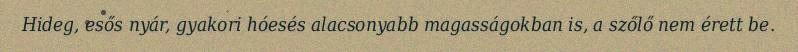
Hideg, esős nyár, gyakori hóesés alacsonyabb magasságokban is, a szőlő nem érett be.